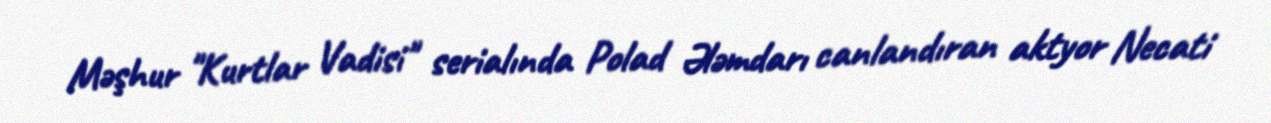
Məşhur "Kurtlar Vadisi" serialında Polad Ələmdarı canlandıran aktyor Necati